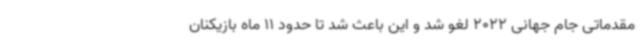
مقدماتی جام جهانی 2022 لغو شد و این باعث شد تا حدود 11 ماه بازیکنان